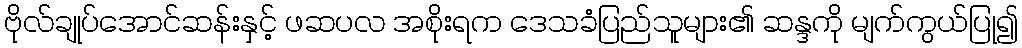
ဗိုလ်ချုပ်အောင်ဆန်းနှင့် ဖဆပလ အစိုးရက ဒေသခံပြည်သူများ၏ ဆန္ဒကို မျက်ကွယ်ပြု၍